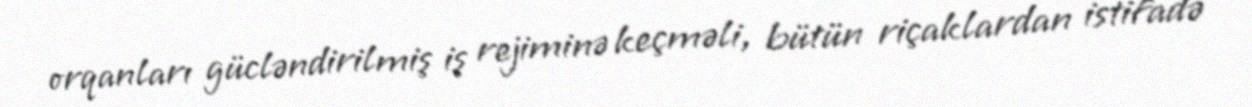
orqanları gücləndirilmiş iş rejiminə keçməli, bütün riçaklardan istifadə